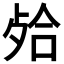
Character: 𣨄